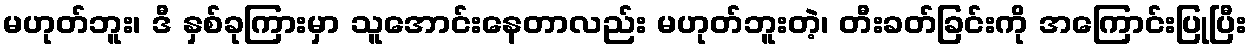
မဟုတ်ဘူး၊ ဒီ နှစ်ခုကြားမှာ သူအောင်းနေတာလည်း မဟုတ်ဘူးတဲ့၊ တီးခတ်ခြင်းကို အကြောင်းပြုပြီး